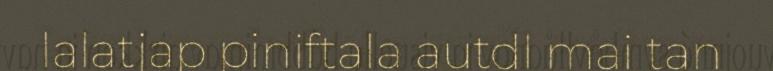
lalatjap piniftala autdl mai tan